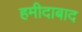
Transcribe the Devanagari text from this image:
हमीदाबाद